Problem: 42 + 34 = ?
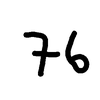
Handwritten answer: 76